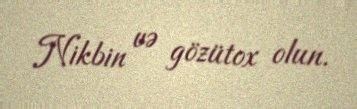
Nikbin və gözütox olun.